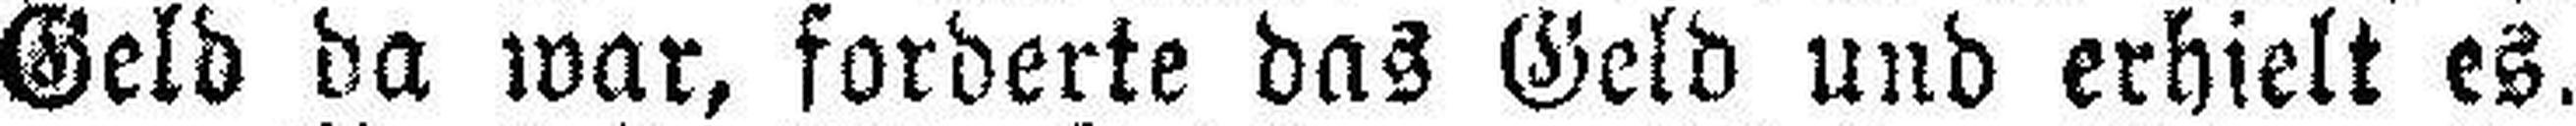
Geld da war, forderte das Geld und erhielt es.